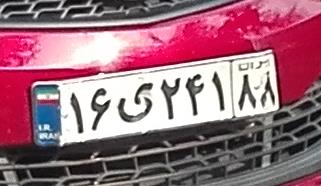
۱۶ی۲۴۱۸۸